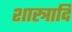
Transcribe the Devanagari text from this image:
शास्त्रादि